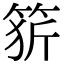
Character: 𥭦